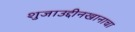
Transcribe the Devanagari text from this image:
शुजाउद्दीनखानाचा